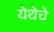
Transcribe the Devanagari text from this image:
येथेचे